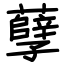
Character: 孽